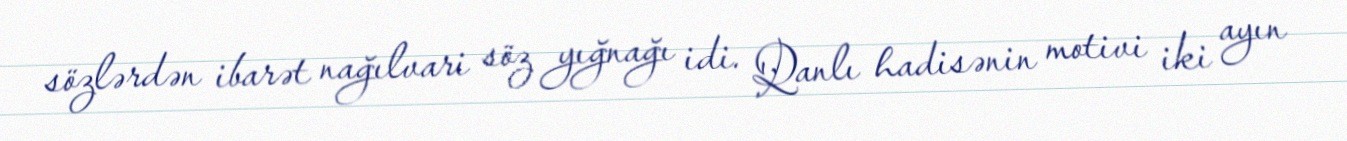
sözlərdən ibarət nağılvari söz yığnağı idi. Qanlı hadisənin motivi iki ayın